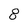
Character: 8